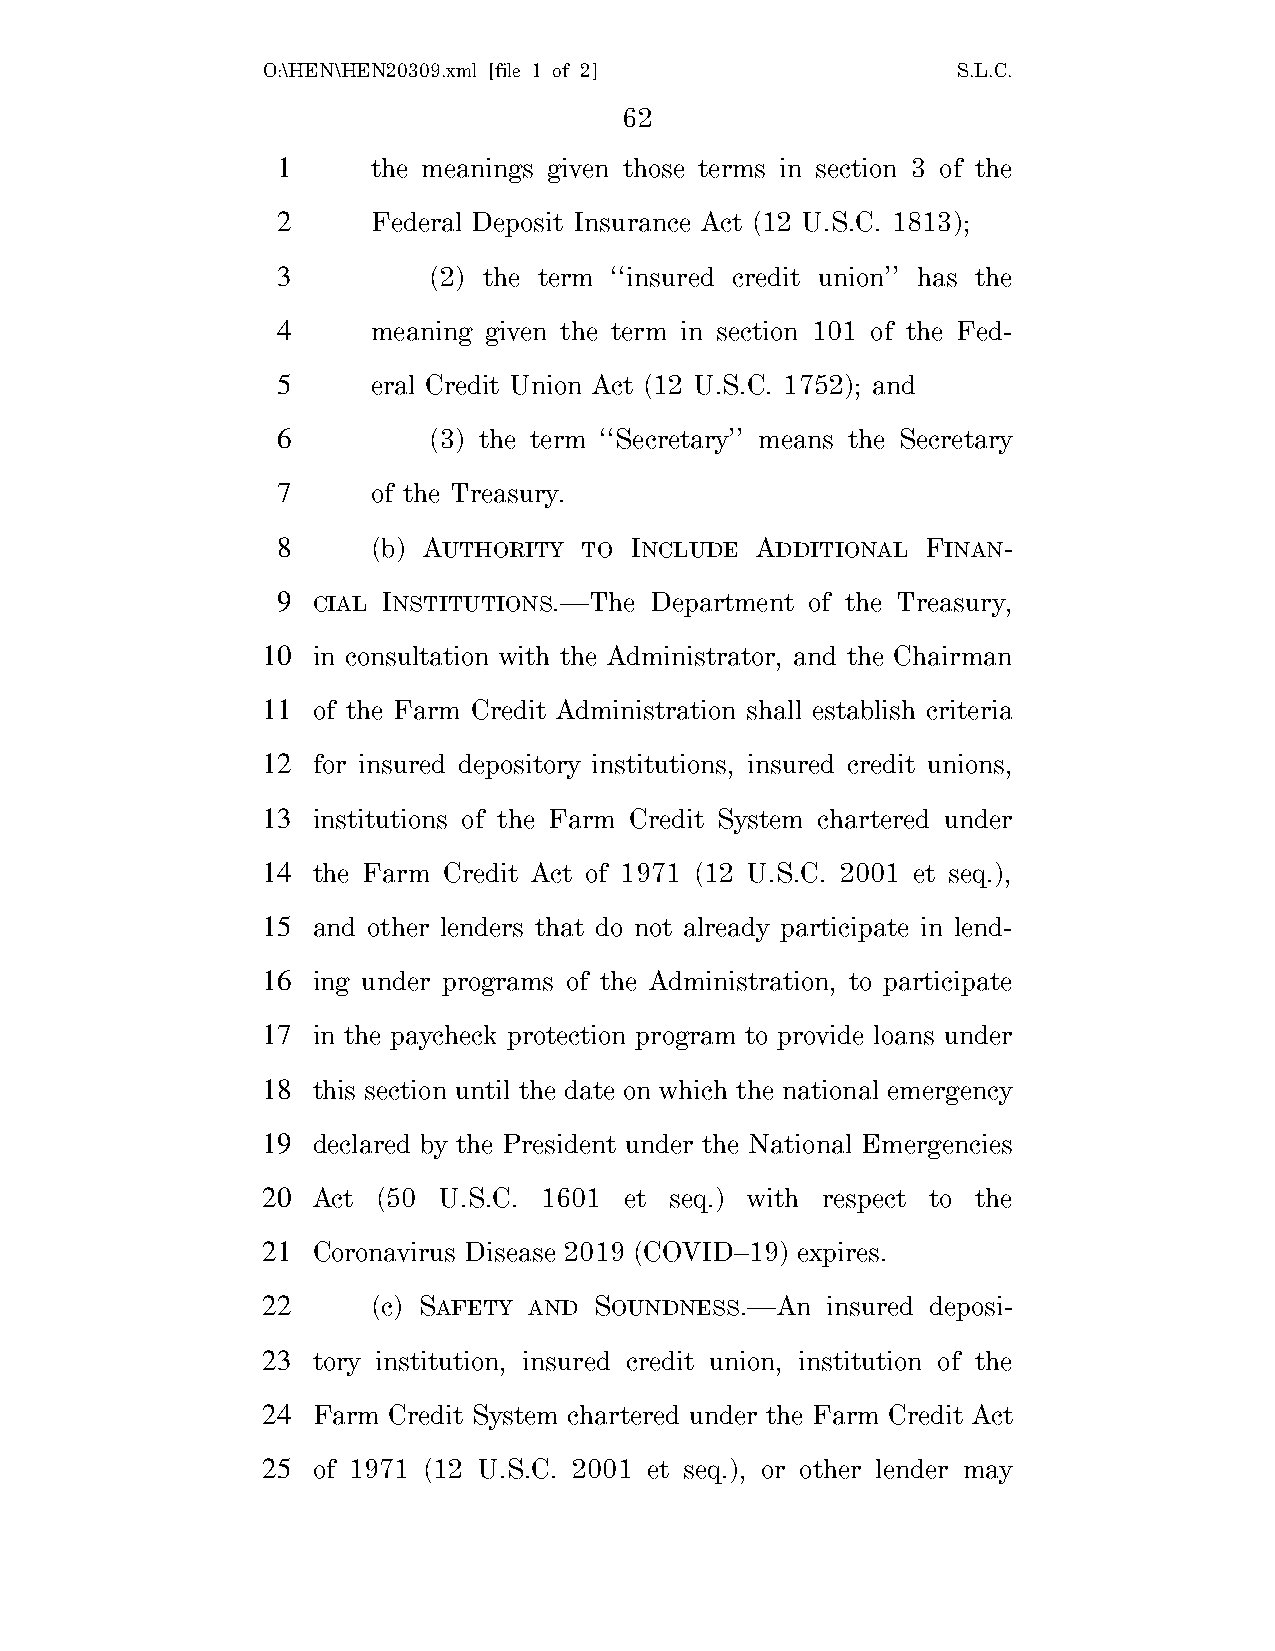
O:\HEN\HEN20309.xml [file 1 of 2]             S.L.C.
 62
 1      the meanings given those terms in section 3 of the
 2      Federal Deposit Insurance Act (12 U.S.C. 1813);
 3         (2) the term ‘‘insured credit union’’ has the
 4      meaning given the term in section 101 of the Fed-
 5      eral Credit Union Act (12 U.S.C. 1752); and
 6         (3) the term ‘‘Secretary’’ means the Secretary
 7      of the Treasury.
 8      (b) AUTHORITY TO INCLUDE ADDITIONAL FINAN-
 9  CIAL INSTITUTIONS.—The Department of the Treasury,
 10  in consultation with the Administrator, and the Chairman
 11  of the Farm Credit Administration shall establish criteria
 12  for insured depository institutions, insured credit unions,
 13  institutions of the Farm Credit System chartered under
 14  the Farm Credit Act of 1971 (12 U.S.C. 2001 et seq.),
 15  and other lenders that do not already participate in lend-
 16  ing under programs of the Administration, to participate
 17  in the paycheck protection program to provide loans under
 18  this section until the date on which the national emergency
 19  declared by the President under the National Emergencies
 20  Act (50 U.S.C. 1601 et seq.) with respect to the
 21  Coronavirus Disease 2019 (COVID–19) expires.
 22      (c) SAFETY AND SOUNDNESS.—An  insured deposi-
 23  tory institution, insured credit union, institution of the
 24  Farm Credit System chartered under the Farm Credit Act
 25  of 1971 (12 U.S.C. 2001 et seq.), or other lender may